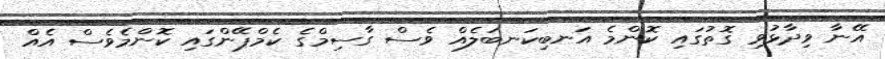
އޭނާ ވިދާޅުވި ގޮތުގައި ކޮންމެ އަނބިކަނބަލެއް ވެސް ގާސިމްގެ ކެމްޕޭންގައި ކޮންމެވެސް އެއް